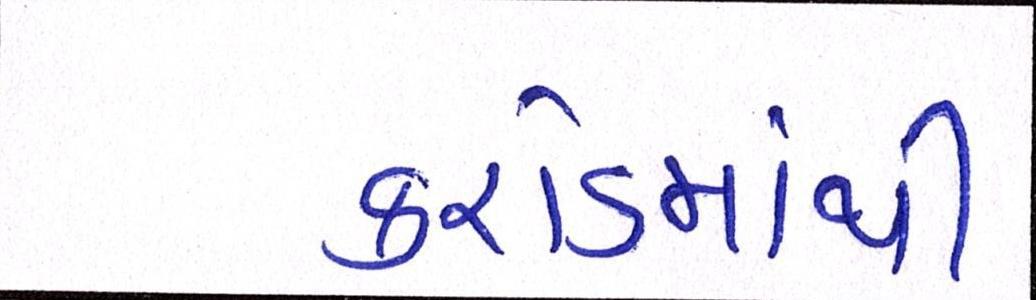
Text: કરોડમાંથી